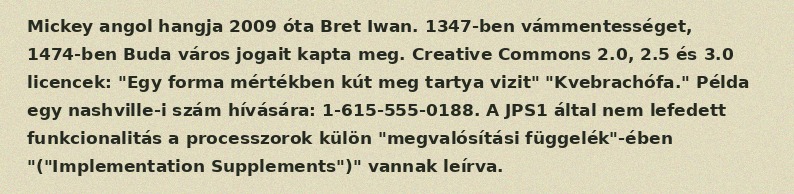
Mickey angol hangja 2009 óta Bret Iwan. 1347-ben vámmentességet, 1474-ben Buda város jogait kapta meg. Creative Commons 2.0, 2.5 és 3.0 licencek: "Egy forma mértékben kút meg tartya vizit" "Kvebrachófa." Példa egy nashville-i szám hívására: 1-615-555-0188. A JPS1 által nem lefedett funkcionalitás a processzorok külön "megvalósítási függelék"-ében "("Implementation Supplements")" vannak leírva.